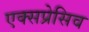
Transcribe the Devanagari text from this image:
एक्सप्रेसिव